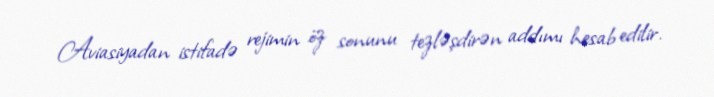
Aviasiyadan istifadə rejimin öz sonunu tezləşdirən addımı hesab edilir.